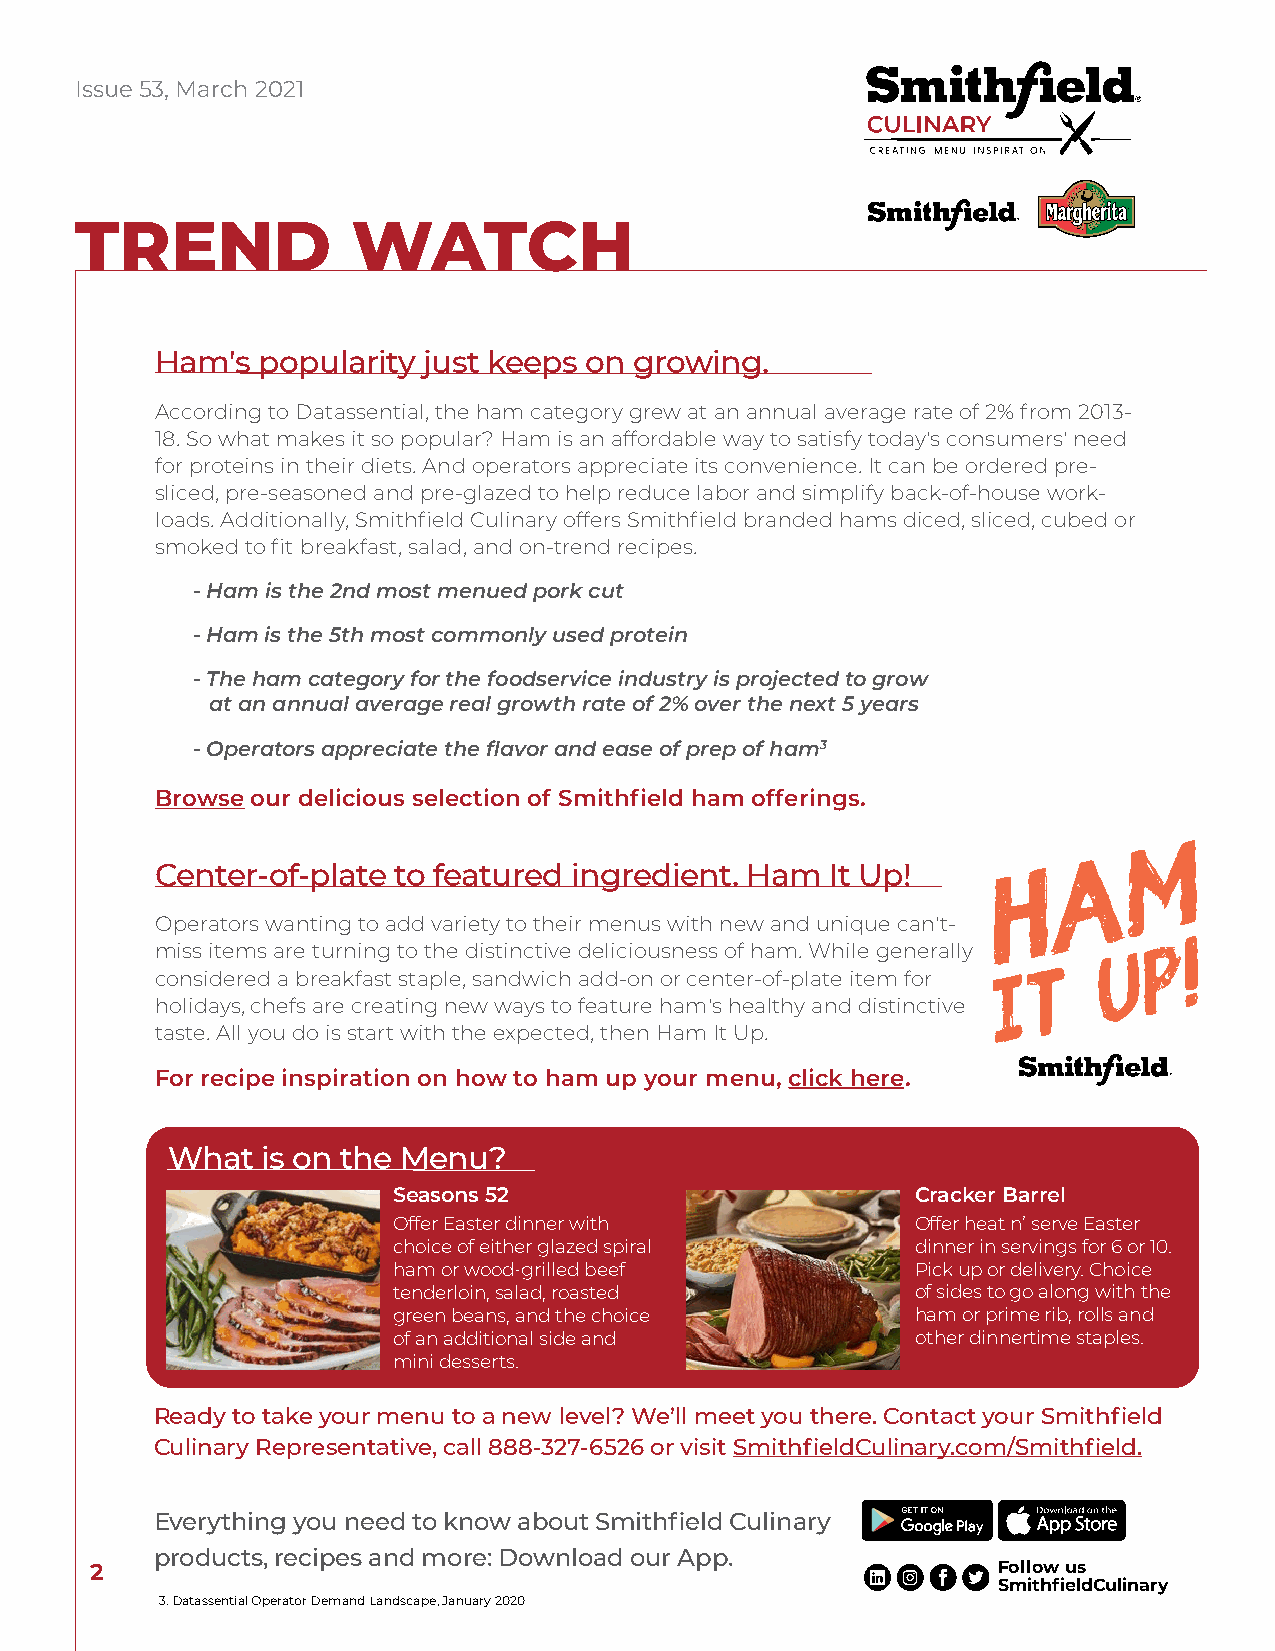
Issue 53, March 2021
 TREND             WATCH
 Ham's  popularity just keeps on growing.
 According to Datassential, the ham category grew at an annual average rate of 2% from 2013-
 18. So what makes it so popular? Ham is an affordable way to satisfy today's consumers' need
 for proteins in their diets. And operators appreciate its convenience. It can be ordered pre-
 sliced, pre-seasoned and pre-glazed to help reduce labor and simplify back-of-house work-
 loads. Additionally, Smithfield Culinary offers Smithfield branded hams diced, sliced, cubed or
 smoked to fit breakfast, salad, and on-trend recipes.
 - Ham is the 2nd most menued pork cut
 - Ham is the 5th most commonly used protein
 - The ham category for the foodservice industry is projected to grow
 at an annual average real growth rate of 2% over the next 5 years
 - Operators appreciate the flavor and ease of prep of ham3
 Browse our delicious selection of Smithfield ham offerings.
 Center-of-plate to featured ingredient. Ham  It Up!
 Operators wanting to add variety to their menus with new and unique can't-
 miss items are turning to the distinctive deliciousness of ham. While generally
 considered a breakfast staple, sandwich add-on or center-of-plate item for
 holidays, chefs are creating new ways to feature ham's healthy and distinctive
 taste. All you do is start with the expected, then Ham It Up.
 For recipe inspiration on how to ham up your menu, click here.
 What  is on the Menu?
 Seasons 52                         Cracker Barrel
 Offer Easter dinner with           Offer heat n’ serve Easter
 choice of either glazed spiral     dinner in servings for 6 or 10.
 ham or wood-grilled beef           Pick up or delivery. Choice
 tenderloin, salad, roasted         of sides to go along with the
 green beans, and the choice        ham or prime rib, rolls and
 of an additional side and          other dinnertime staples.
 mini desserts.
 Ready to take your menu to a new level? We’ll meet you there. Contact your Smithfield
 Culinary Representative, call 888-327-6526 or visit SmithfieldCulinary.com/Smithfield.
 Everything you need to know about Smithfield Culinary
 products, recipes and more: Download our App.
 2                                                           Follow us
 SmithfieldCulinary
 3. Datassential Operator Demand Landscape, January 2020